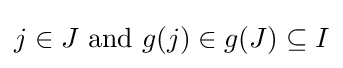
j\in J{\text{ and }}g(j)\in g(J)\subseteq I